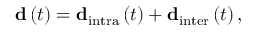
\mathbf { d } \left( t \right) = \mathbf { d } _ { \mathrm { i n t r a } } \left( t \right) + \mathbf { d } _ { \mathrm { i n t e r } } \left( t \right) ,